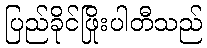
ပြည်ခိုင်ဖြိုးပါတီသည်